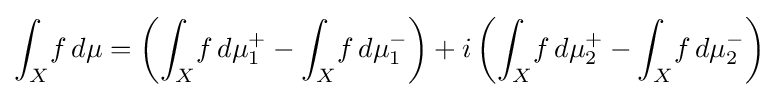
\int _{X}\!f\,d\mu =\left(\int _{X}\!f\,d\mu _{1}^{+}-\int _{X}\!f\,d\mu _{1}^{-}\right)+i\left(\int _{X}\!f\,d\mu _{2}^{+}-\int _{X}\!f\,d\mu _{2}^{-}\right)